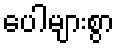
ပေါများစွာ